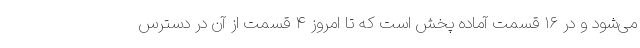
می‌شود و در ۱۶ قسمت آماده پخش است که تا امروز ۴ قسمت از آن در دسترس